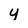
Character: y